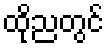
ထိုညတွင်